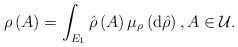
LaTeX: \begin{align*}\rho \left( A\right) =\int_{E_{1}}\hat{\rho}\left( A\right) \mu _{\rho}\left( \mathrm{d}\hat{\rho}\right) ,A\in \mathcal{U}.\end{align*}